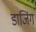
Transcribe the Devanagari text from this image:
डाजिंग